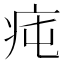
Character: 𤵊